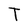
Character: T